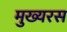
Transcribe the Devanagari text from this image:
मुख्यरस